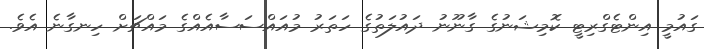
ގައުމީ އިންޓެގްރިޓީ ކޮމިޝަނުގެ ގާނޫނު ދައުލަތުގެ ހަތަރު މުއައްސަސާއެއްގެ މައްޗަށް ހިނގާނެ އެވެ.